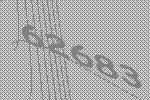
62683